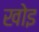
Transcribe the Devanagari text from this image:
खोइ